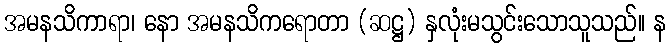
အမနသိကာရာ၊ နော အမနသိကရောတာ (ဆဋ္ဌ) နှလုံးမသွင်းသောသူသည်။ န